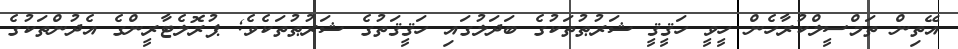
އޭތިން ތަމްސީލްކުރާހެން ހީވީ ހަޤީޤީ ޝަރުޠުތަކުގެ ބަދަލުގައި ހަޤީޤަތުގެ ޝަރުޠުތަކެވެ; ޕުރޮލެޓާރީންގެ އެދުންތަކުގެ